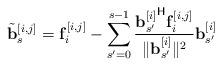
LaTeX: \begin{align*}\tilde{\mathbf{b}}^{[i,j]}_s &= \mathbf{f}_{i}^{[i,j]} -\sum_{s'=0}^{s-1} \frac{{\mathbf{b}_{s'}^{[i]}}^{\mathsf{H}}\mathbf{f}_{i}^{[i,j]}}{\|\mathbf{b}_{s'}^{[i]}\|^2}\mathbf{b}_{s'}^{[i]}\end{align*}